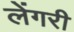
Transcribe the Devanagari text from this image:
लेंगरी